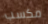
مكسب